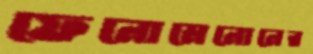
ফেনোমেনোনের